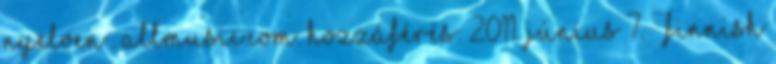
nyelven . allmusic.com. Hozzáférés: 2011. június 7. ↑ Finnish